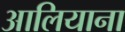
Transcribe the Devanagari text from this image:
आलियाना